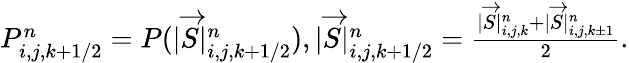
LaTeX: \begin{array}{r}{P_{i,j,k+1/2}^{n}=P(|\overrightarrow{S}|_{i,j,k+1/2}^{n}),|\overrightarrow{S}|_{i,j,k+1/2}^{n}=\frac{|\overrightarrow{S}|_{i,j,k}^{n}+|\overrightarrow{S}|_{i,j,k\pm 1}^{n}}{2}.}\end{array}